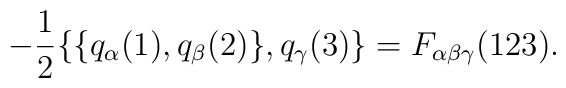
- \frac{1}{2} \{\{q_{\alpha}(1), q_{\beta}(2)\}, q_{\gamma}(3)\} =                        F_{\alpha \beta \gamma}(123) .